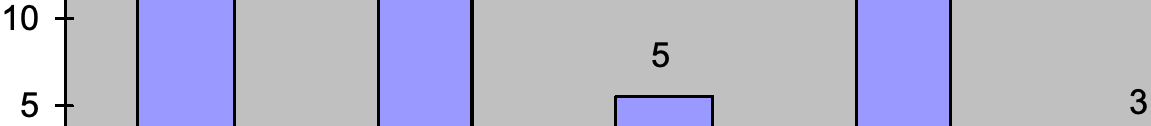
10 5 5                                    3